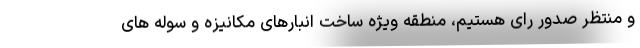
و منتظر صدور رای هستیم، منطقه ویژه ساخت انبارهای مکانیزه و سوله های